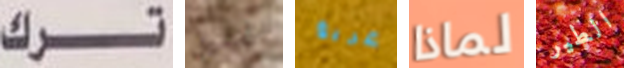
ترك تحليل غريغ لماذا الطير